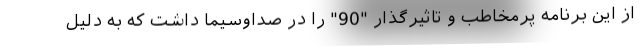
از این برنامه پرمخاطب و تاثیرگذار "90" را در صداوسیما داشت که به دلیل